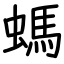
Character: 螞